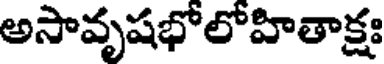
అసావృషభోలోహితాక్షః